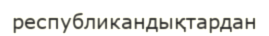
республикандықтардан